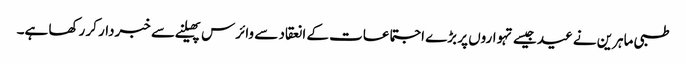
طبی ماہرین نے عید جیسے تہواروں پر بڑے اجتماعات کے انعقاد سے وائرس پھیلنے سے خبردار کر رکھا ہے۔